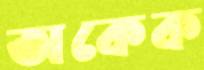
অকেক